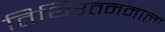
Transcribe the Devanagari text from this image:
तिथिरतनमाला